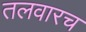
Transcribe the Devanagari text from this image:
तलवारच